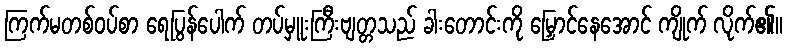
ကြက်မတစ်ဝပ်စာ ရေပြွန်ပေါက် တပ်မှူးကြီးဗျတ္တသည် ခါးတောင်းကို မြှောင်နေအောင် ကျိုက် လိုက်၏။